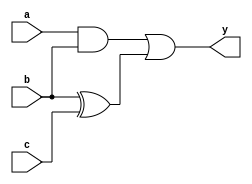
module combinational_logic (
    input wire [3:0] a,        // 4-bit input signal a
    input wire [3:0] b,        // 4-bit input signal b
    input wire [3:0] c,        // 4-bit input signal c
    output reg [3:0] y         // 4-bit output signal y
);

    always @(*) begin
        // Combinational logic to compute output y
        y = (a & b) | (b ^ c);  // Example logic: AND, XOR, and OR operations
    end

endmodule